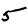
Digit: 5